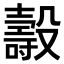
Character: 𣫐